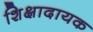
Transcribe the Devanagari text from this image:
शिक्षादायक